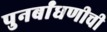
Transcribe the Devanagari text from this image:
पुनर्बांधणीची